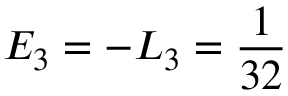
{ \cal E } _ { 3 } = - { \cal L } _ { 3 } = \frac { 1 } { 3 2 }